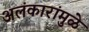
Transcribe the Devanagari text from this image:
अलंकारांमुळे